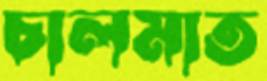
চালমাত